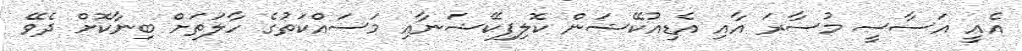
އެއީ އަސާސީ މުސާރަ އާއި އެޑިއުކޭޝަން ކޮލިފިކޭޝަނާއި މަަސައްކަތުގެ ހާލަތަށް ބިނާކޮށް ދެވޭ